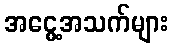
အငွေ့အသက်များ